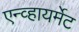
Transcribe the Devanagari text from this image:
एन्व्हायर्मेट